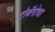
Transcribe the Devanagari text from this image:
टोबॅगोचा